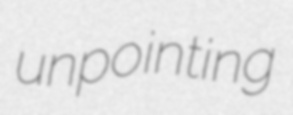
unpointing